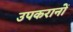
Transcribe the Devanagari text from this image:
उपकरानोँ